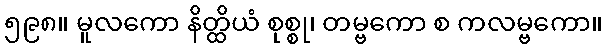
၅၉၈။ မူလကော နိတ္ထိယံ စုစ္စု၊ တမ္ဗကော စ ကလမ္ဗကော။